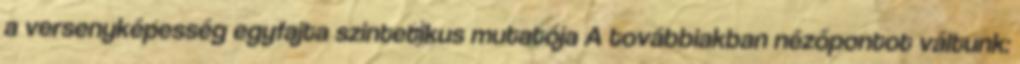
a versenyképesség egyfajta szintetikus mutatója A továbbiakban nézőpontot váltunk: